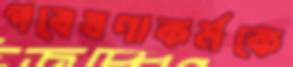
গবেষণাকর্মকে